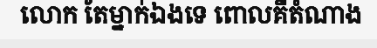
លោក តែម្នាក់ឯងទេ ពោលគឺតំណាង